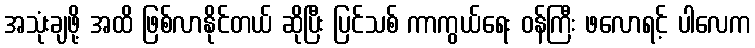
အသုံးချဖို့ အထိ ဖြစ်လာနိုင်တယ် ဆိုပြီး ပြင်သစ် ကာကွယ်ရေး ဝန်ကြီး ဖလောရင့် ပါလေက